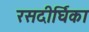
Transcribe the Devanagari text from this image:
रसदीर्घिका